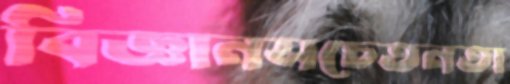
বিজ্ঞানসচেতনতা